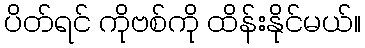
ပိတ်ရင် ကိုဗစ်ကို ထိန်းနိုင်မယ်။